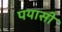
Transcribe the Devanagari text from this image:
पयासी